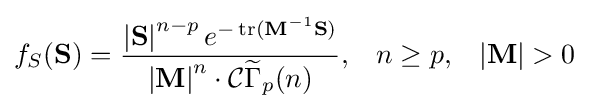
f_{S}(\mathbf {S} )={\frac {\left|\mathbf {S} \right|^{n-p}e^{-\operatorname {tr} (\mathbf {M} ^{-1}\mathbf {S} )}}{\left|\mathbf {M} \right|^{n}\cdot {\mathcal {C}}{\widetilde {\Gamma }}_{p}(n)}},\;\;\;n\geq p,\;\;\;\left|\mathbf {M} \right|>0